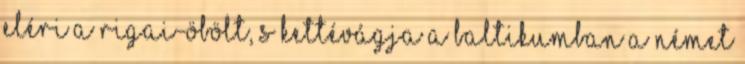
eléri a Rigai-öbölt, s kettévágja a Baltikumban a német